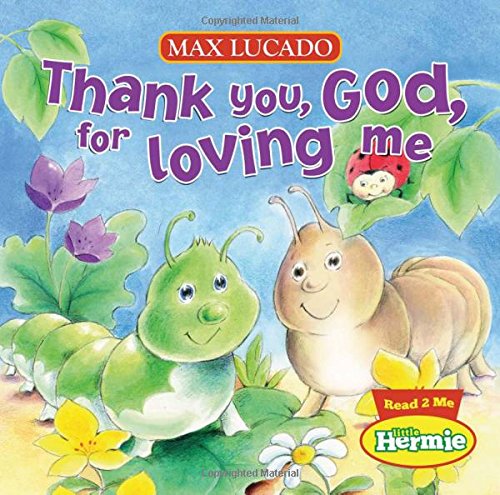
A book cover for Thank You, God, For Loving Me (Max Lucado's Little Hermie); Max Lucado; Children's Books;